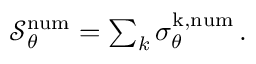
\begin{array} { r } { \mathcal { S } _ { \theta } ^ { \mathrm { n u m } } = \sum _ { k } \sigma _ { \theta } ^ { \mathrm { k , n u m } } \, . } \end{array}